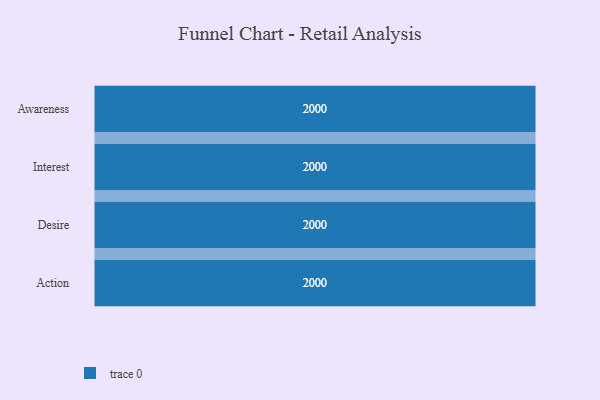
{"axis": {"x": "Stage", "y": "Value"}, "legend": [""], "data": [{"x": "Awareness", "y": 2000, "type": ""}, {"x": "Interest", "y": 2000, "type": ""}, {"x": "Desire", "y": 2000, "type": ""}, {"x": "Action", "y": 2000, "type": ""}]}